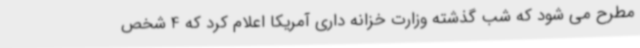
مطرح می شود که شب گذشته وزارت خزانه داری آمریکا اعلام کرد که 4 شخص